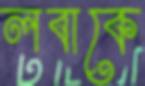
লবাকে